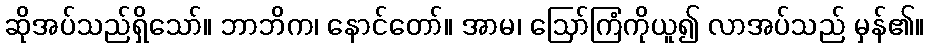
ဆိုအပ်သည်ရှိသော်။ ဘာဘိက၊ နောင်တော်။ အာမ၊ ဩော်ကြံကိုယူ၍ လာအပ်သည် မှန်၏။